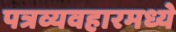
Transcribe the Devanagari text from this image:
पत्रव्यवहारमध्ये